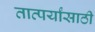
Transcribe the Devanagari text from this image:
तात्पर्यांसाठी